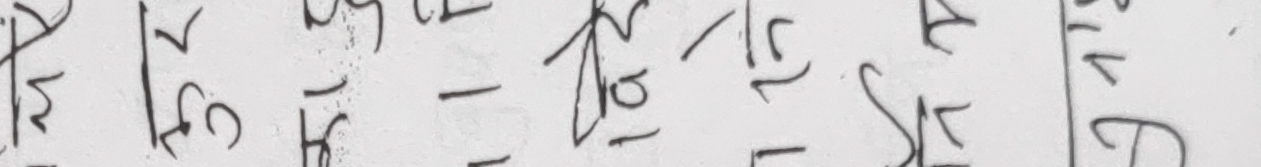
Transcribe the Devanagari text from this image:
क १/८ १/५ १/६ - १/१० १/८ १/४ १/१ १/७